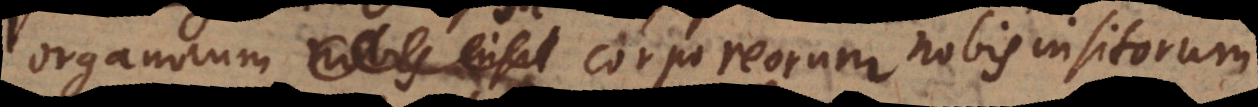
organorum corporeorum nobis insitorum